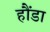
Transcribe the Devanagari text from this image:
हौंडा